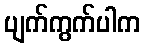
ပျက်ကွက်ပါက